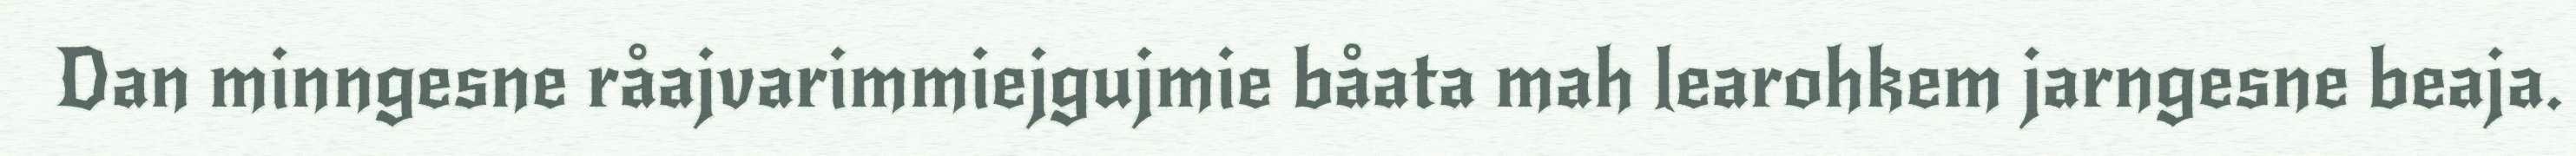
Dan minngesne råajvarimmiejgujmie båata mah learohkem jarngesne beaja.